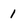
Character: 1